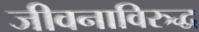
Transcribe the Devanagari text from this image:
जीवनाविरुद्ध